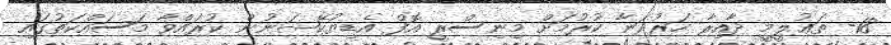
18- ތަޢުލީމީ ދާއިރާ ހަރުދަނާ ކުރުމަށް މިނިސްރީ އޮފް އެޑިޔުކޭޝަނުން ކުރައްވާ މަސައްކަތުގައި